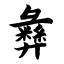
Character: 彝